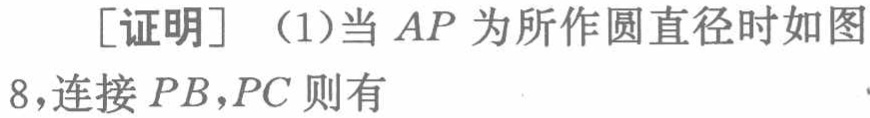
[证明] （1）当 \(AP\) 为所作圆直径时如图8,连接 \(PB,PC\) 则有